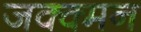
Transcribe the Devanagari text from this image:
जक्क्मन